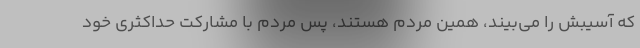
که آسیبش را می‌بیند، همین مردم هستند، پس مردم با مشارکت حداکثری خود